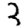
Digit: 3